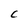
Character: C